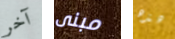
آخر مبنى هذه